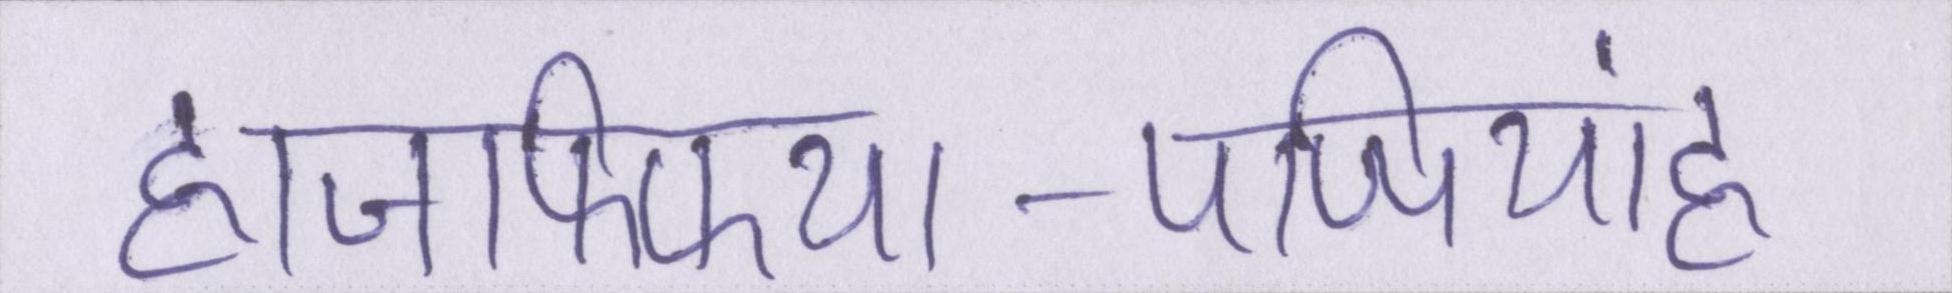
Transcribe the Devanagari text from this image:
ह्यजफ्फिया-पप्पियांह्ण